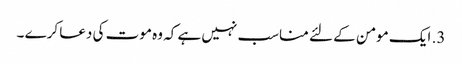
3. ایک مومن کے لئے مناسب نہیں ہے کہ وہ موت کی دعا کرے ۔